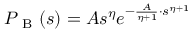
P _ { \mathrm { ~ B ~ } } ( s ) = A s ^ { \eta } e ^ { - \frac { A } { \eta + 1 } \cdot s ^ { \eta + 1 } }